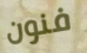
فنون